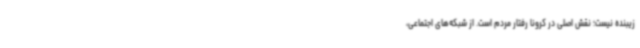
زیبنده نیست؛ نقش اصلی در کرونا رفتار مردم است. از شبکه‌های اجتماعی،